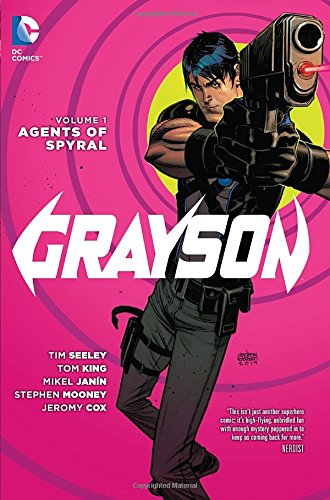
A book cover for Grayson Vol. 1: Agents of Spyral (The New 52); Tim Seeley; Comics & Graphic Novels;